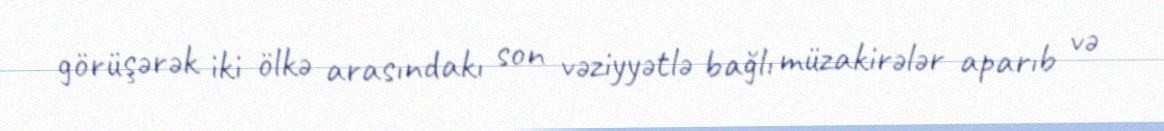
görüşərək iki ölkə arasındakı son vəziyyətlə bağlı müzakirələr aparıb və